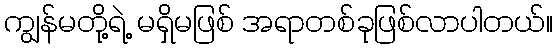
ကျွန်မတို့ရဲ့ မရှိမဖြစ် အရာတစ်ခုဖြစ်လာပါတယ်။